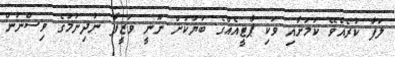
ލަފާ ކުރެއްވޭ ކަމަށާއި ވަކި ޕާޓީއެއްގެ ބަޔަކަށް ނޫނީ ވަޒީފާ ނުދިނުމުގެ ވިސްނުން